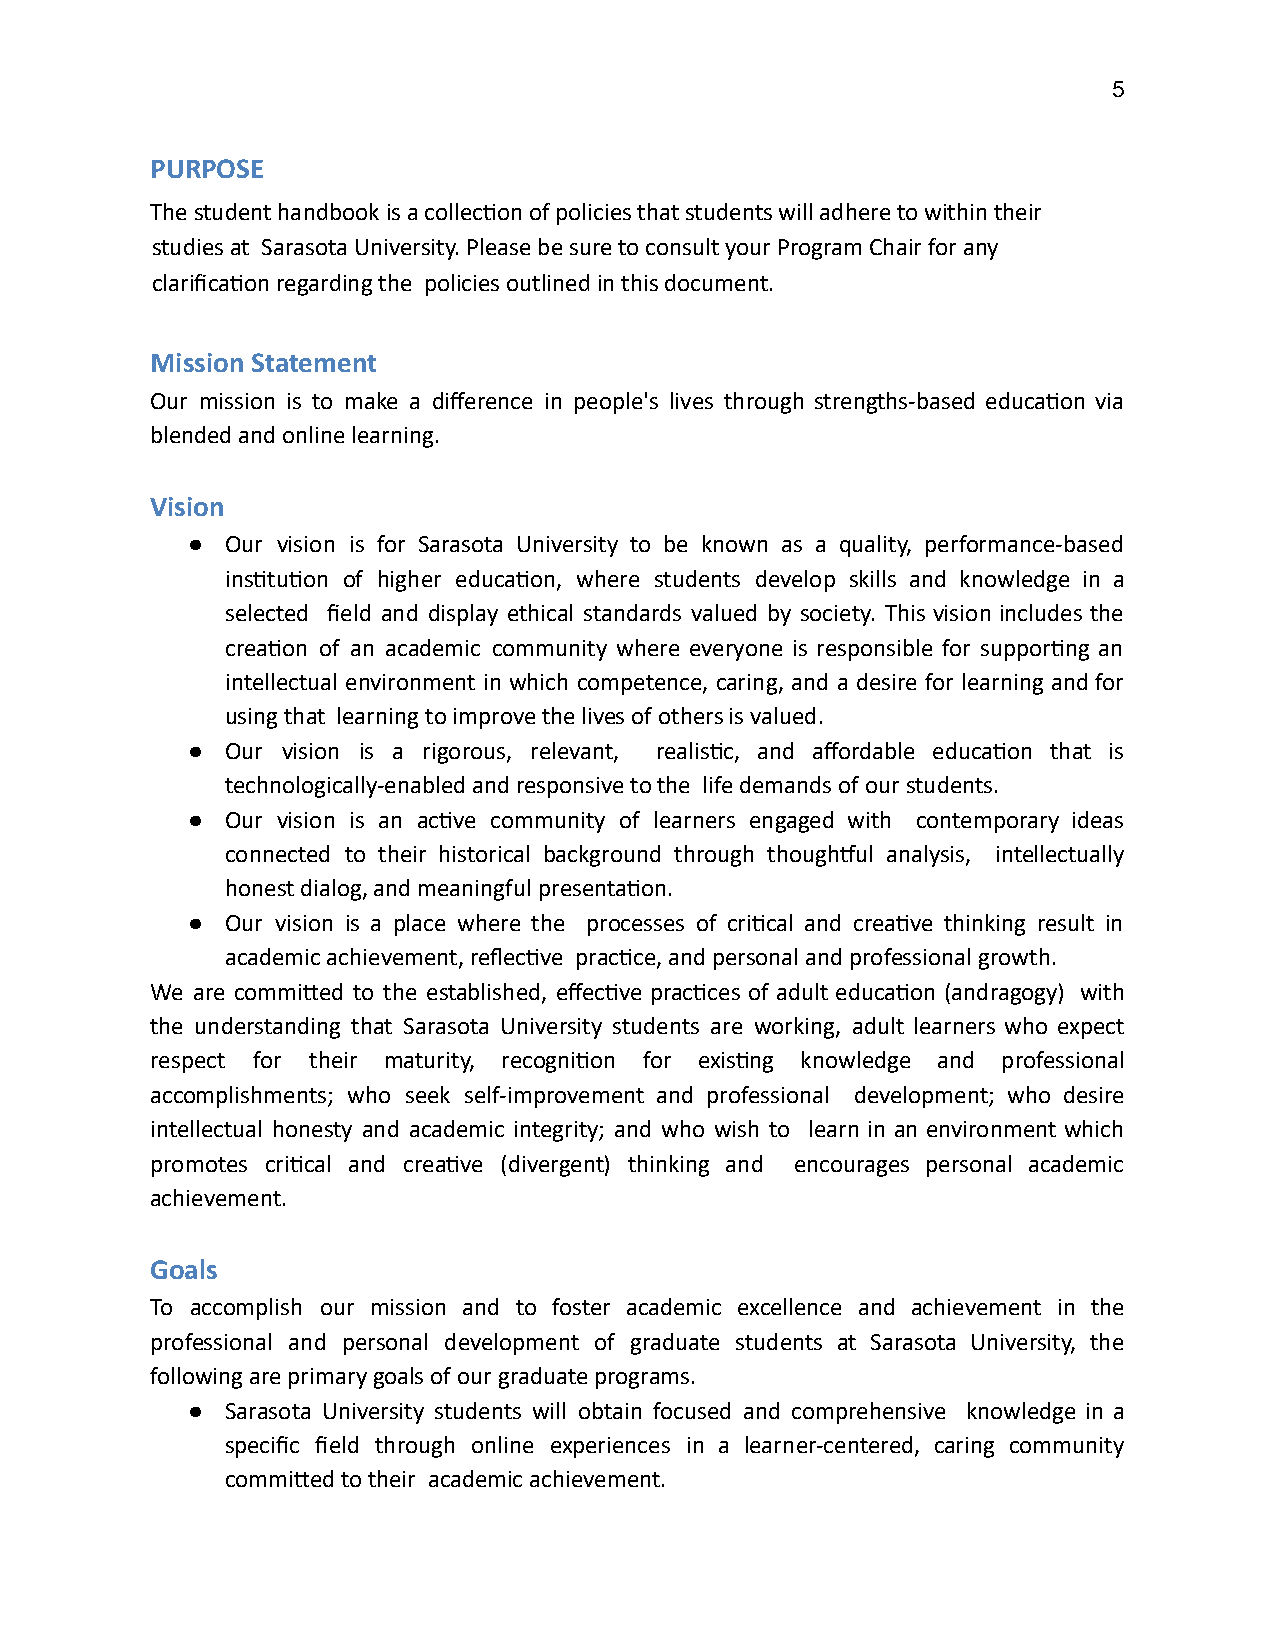
5
 PURPOSE
 The student handbook is a collecon of policies that students will adhere to within their
 studies at Sarasota University. Please be sure to consult your Program Chair for any
 clarificaon regarding the policies outlined in this document.
 Mission Statement
 Our mission is to make a difference in people's lives through strengths-based educaon via
 blended and online learning.
 Vision
 ●  Our vision is for Sarasota University to be known as a quality, performance-based
 instuon of higher educaon, where students develop skills and knowledge in a
 selected field and display ethical standards valued by society. This vision includes the
 creaon of an academic community where everyone is responsible for supporng an
 intellectual environment in which competence, caring, and a desire for learning and for
 using that learning to improve the lives of others is valued.
 ●  Our vision is a rigorous, relevant, realisc, and affordable educaon that is
 technologically-enabled and responsive to the life demands of our students.
 ●  Our vision is an acve community of learners engaged with contemporary ideas
 connected to their historical background through thoughul analysis, intellectually
 honest dialog, and meaningful presentaon.
 ●  Our vision is a place where the processes of crical and creave thinking result in
 academic achievement, reflecve pracce, and personal and professional growth.
 We are commied to the established, effecve pracces of adult educaon (andragogy) with
 the understanding that Sarasota University students are working, adult learners who expect
 respect for their maturity, recognion for exisng knowledge and professional
 accomplishments; who seek self-improvement and professional development; who desire
 intellectual honesty and academic integrity; and who wish to learn in an environment which
 promotes crical and creave (divergent) thinking and encourages personal academic
 achievement.
 Goals
 To accomplish our mission and to foster academic excellence and achievement in the
 professional and personal development of graduate students at Sarasota University, the
 following are primary goals of our graduate programs.
 ●  Sarasota University students will obtain focused and comprehensive knowledge in a
 specific field through online experiences in a learner-centered, caring community
 commied to their academic achievement.